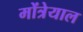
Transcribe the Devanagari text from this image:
मोंत्रेयाल